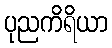
ပုညကိရိယာ